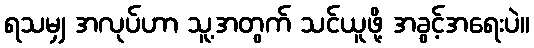
ရသမျှ အလုပ်ဟာ သူ့အတွက် သင်ယူဖို့ အခွင့်အရေးပဲ။